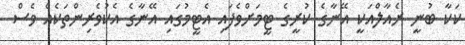
ކަކާ ބުނީ ރެއާލްއަކީ އޭނާގެ ކުރީގެ ޓީމަށްވެފައި އެޓީމުގައި އޭނާގެ އެކުވެރިންތަކެއް ވެސް